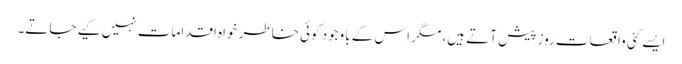
ایسے کئی واقعات روز پیش آتے ہیں، مگر اس کے باوجود کوئی خاطر خواہ اقدامات نہیں کیے جاتے۔